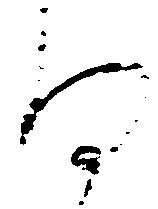
る